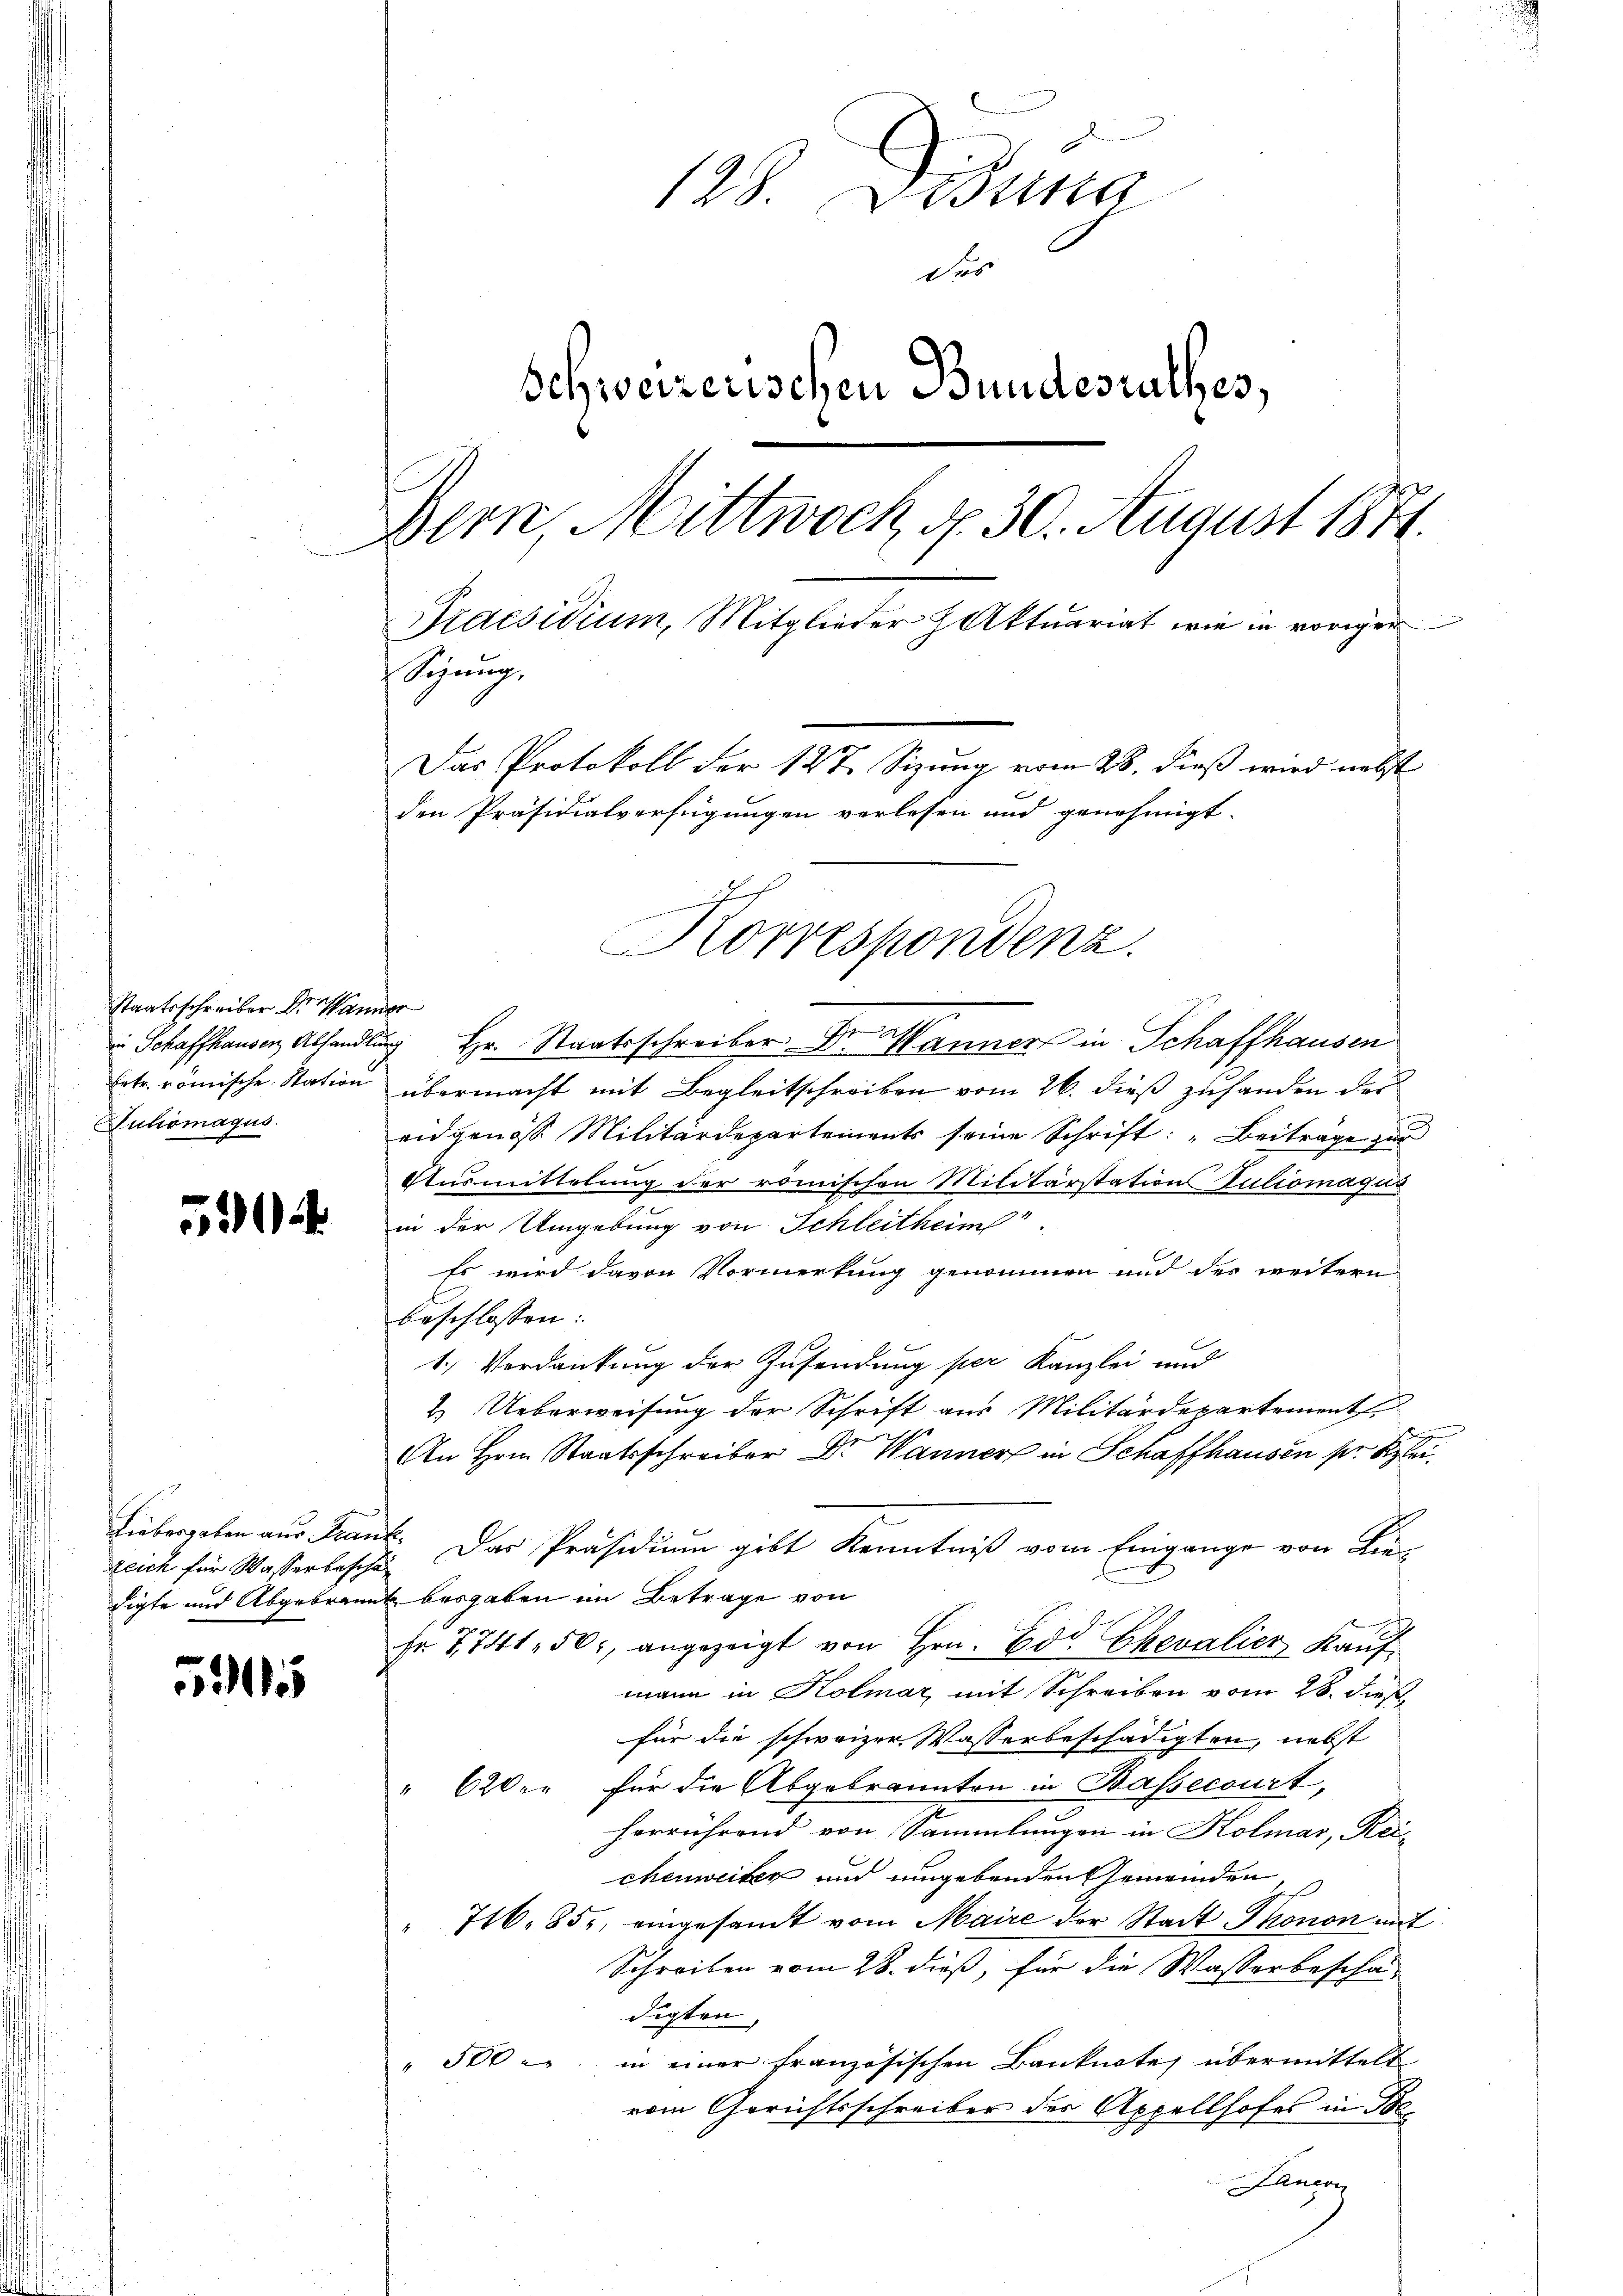
Staatsschreiber der Mann
Luhomagus

5904

Liebergaben aus Fran
zeich für Wasserbesche
digte und Abgebraun

5

128. Disse
das
Schweizerischen Bundesrathes,
Bern, Mittwoch, d. 30. August 1871.
Praesidium, Mitglieder Aktuariat wie in voriger
Sigŭng.
Das Protokoll der 127 Sizung vom 28. dieß wird nebst
den Präsidialverfügungen verlesen und genehmigt.

S
in Schaffhausen, Abhandlung Hr. Staatsschreiber Dr. Wanner in Schaffhausen
betr. römische Station übermacht mit Begleitschreiben vom 26. dieß zuhanden der
eidgenoss Militärdepartements seine Schrift: „Beiträge zur
Ausmittelung der römischen Militärstations Vuliomagis
in der Umgebung von Schleitheim
Es wird davon Vormerkung genommen und des weitern
beschlossen:
1.) Verdankung der Zusendung per Kanzlei und
2. Ueberweisung der Schrift aus Militärdepartement
An Hrn. Staatsschreiber Dr. Wanner in Schaffhausen sr K
E. Das Präsidium gibt Kenntniß vom Eingange von Lie-
besgaben im Betrage von
Fr. 7741. 50. angezeigt von Hrn. Edt Chevalier Kauf
mann in Kolmar mit Schreiben vom 28. dieß.
für die schweizer Wasserbeschädigten, nebst
" 620 xr für die Abgebrannten in Bassecourt,
herrührend von Sammlungen in Kolmar, Reichenweiter und umgebenden Gemeinden
" 716. 85, eingesandt vom Maire der Stadt Thonon mit
Schreiben vom 28. dieß, für die Wasserbeschä-
digten,
" 500 er in einer französischen Banknote übermittelt
vom Gerichtsschreiber des Appellhofes in Be
Jancon

Korrespondenz.